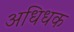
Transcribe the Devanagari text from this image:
अधिधक